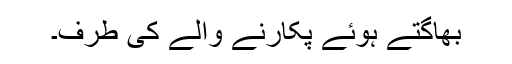
بھاگتے ہوئے پکارنے والے کی طرف۔